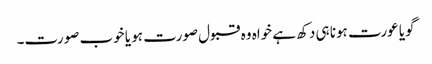
گویا عورت ہونا ہی دکھ ہے خواہ وہ قبول صورت ہو یا خوب صورت۔